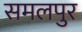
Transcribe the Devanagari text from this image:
समलपुर